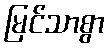
မြင်သာစွာ